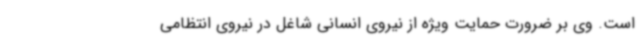
است. وی بر ضرورت حمایت ویژه از نیروی انسانی شاغل در نیروی انتظامی